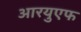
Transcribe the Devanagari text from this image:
आरयुएफ